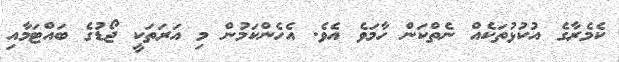
ކެމެރާގެ އުކުޅުތަކެއް ނެތްކަން ހާމަވެ އެވެ. އެހެންކަމުން މި އަރަތަކީ ޖޯޑުގެ ބައްޓަމާއި